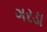
ગરડા